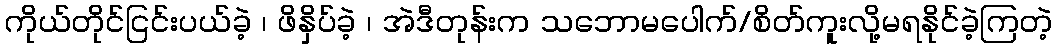
ကိုယ်တိုင်ငြင်းပယ်ခဲ့ ၊ ဖိနှိပ်ခဲ့ ၊ အဲဒီတုန်းက သဘောမပေါက်/စိတ်ကူးလို့မရနိုင်ခဲ့ကြတဲ့